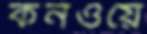
কনওয়ে